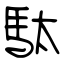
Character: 駄